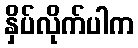
နှိပ်လိုက်ပါက